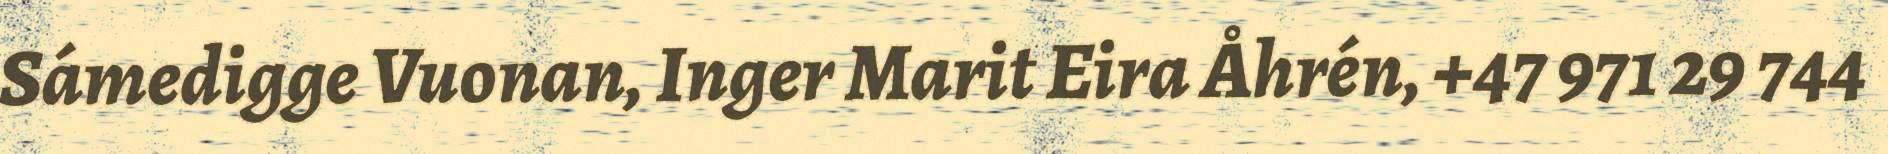
Sámedigge Vuonan, Inger Marit Eira Åhrén, +47 971 29 744